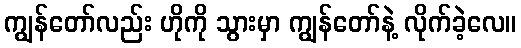
ကျွန်တော်လည်း ဟိုကို သွားမှာ ကျွန်တော်နဲ့ လိုက်ခဲ့လေ။